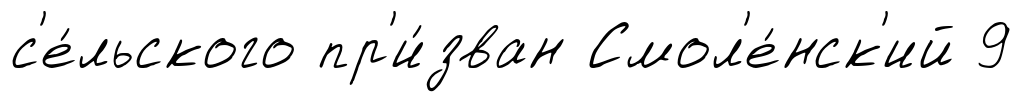
с'е́льского пр'и́зван Смол'е́нск'ий 9